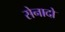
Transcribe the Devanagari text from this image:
सेनादो